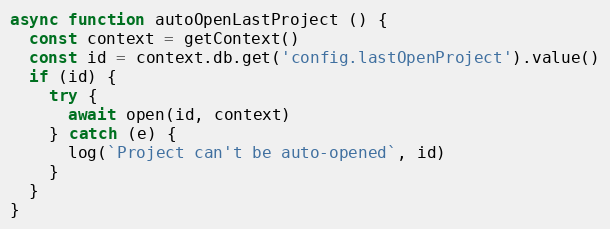
Language: JavaScript
async function autoOpenLastProject () {
  const context = getContext()
  const id = context.db.get('config.lastOpenProject').value()
  if (id) {
    try {
      await open(id, context)
    } catch (e) {
      log(`Project can't be auto-opened`, id)
    }
  }
}